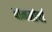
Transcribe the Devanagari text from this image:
वाममोर्चा